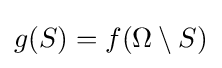
g(S)=f(\Omega \setminus S)